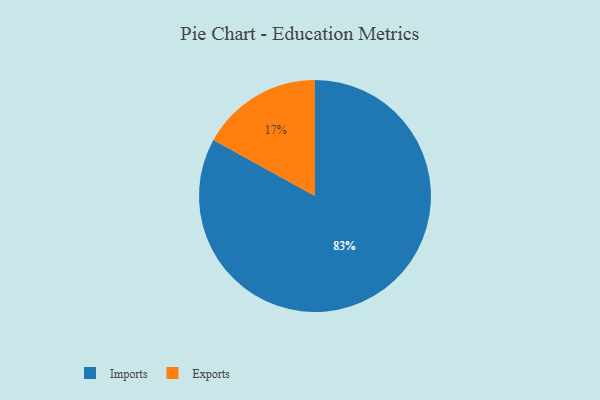
{"axis": {"x": "Category", "y": "Percentage"}, "legend": ["Exports", "Imports"], "data": [{"x": "Imports", "y": 83, "type": "Imports"}, {"x": "Exports", "y": 17, "type": "Exports"}]}